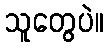
သူတွေပဲ။